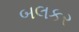
બલકર